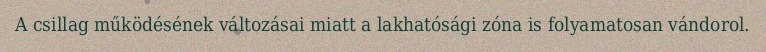
A csillag működésének változásai miatt a lakhatósági zóna is folyamatosan vándorol.